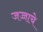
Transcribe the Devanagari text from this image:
जज्जाचे